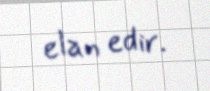
elan edir.